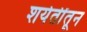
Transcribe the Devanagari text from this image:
शर्यतींतून